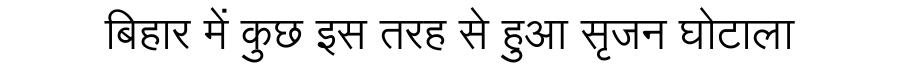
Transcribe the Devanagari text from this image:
बिहार में कुछ इस तरह से हुआ सृजन घोटाला